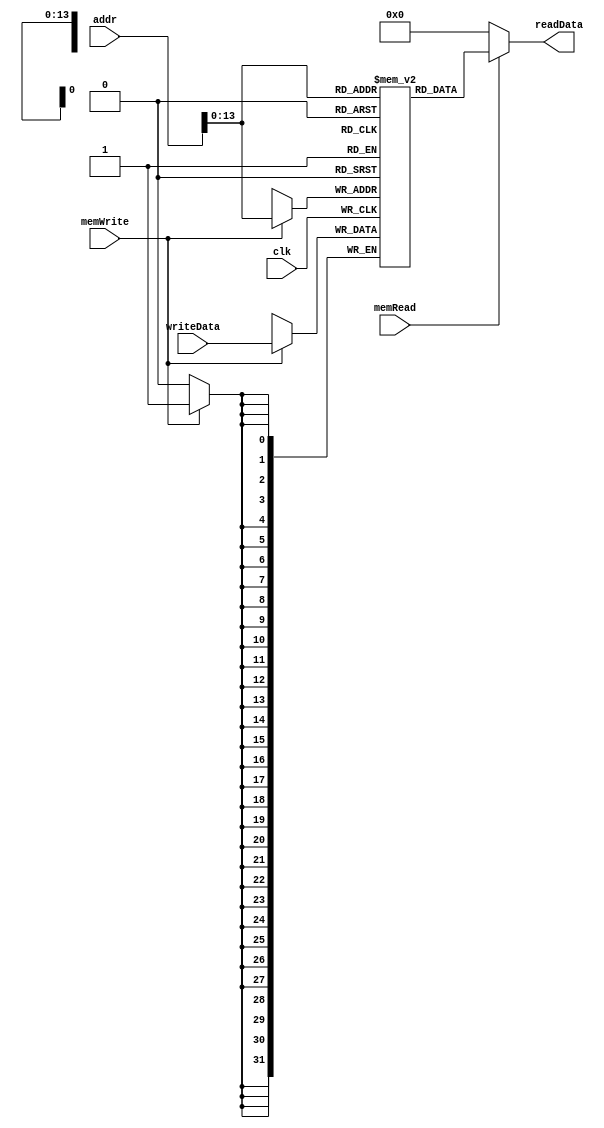
module dm (
  input clk,
  input [31:0] addr, writeData,
  input memWrite, memRead,
  output [31:0] readData
);

  reg [31:0] mem [0:10000];  
  integer i=0;
 initial begin
	for (i=0; i<10000; i=i+1) mem[i] = 32'b0;
  end
  always @(posedge clk) begin 
    if(memWrite)
      mem[addr] <= writeData;
  end

  assign readData = memRead ? mem[addr] : 0;
endmodule
//Stack ... -> 10000
//Dynamic data 2000 -> ...
//Static data 1000 -> 2000
//Text 40 -> 1000
//Reserved 0 -> 40